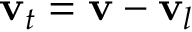
\mathbf { v } _ { t } = \mathbf { v } - \mathbf { v } _ { l }